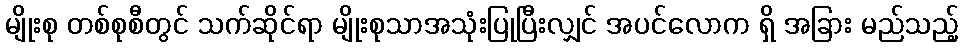
မျိုးစု တစ်စုစီတွင် သက်ဆိုင်ရာ မျိုးစုသာအသုံးပြုပြီးလျှင် အပင်လောက ရှိ အခြား မည်သည့်